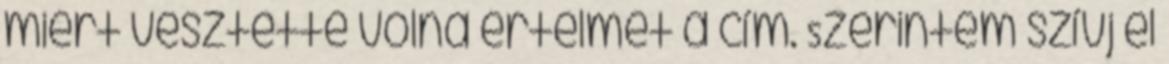
miért vesztette volna értelmét a cím. Szerintem szívj el